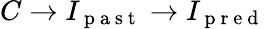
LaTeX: C\to I_{\mathrm{~p~a~s~t~}}\to I_{\mathrm{~p~r~e~d~}}